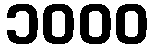
၁၀၀၀